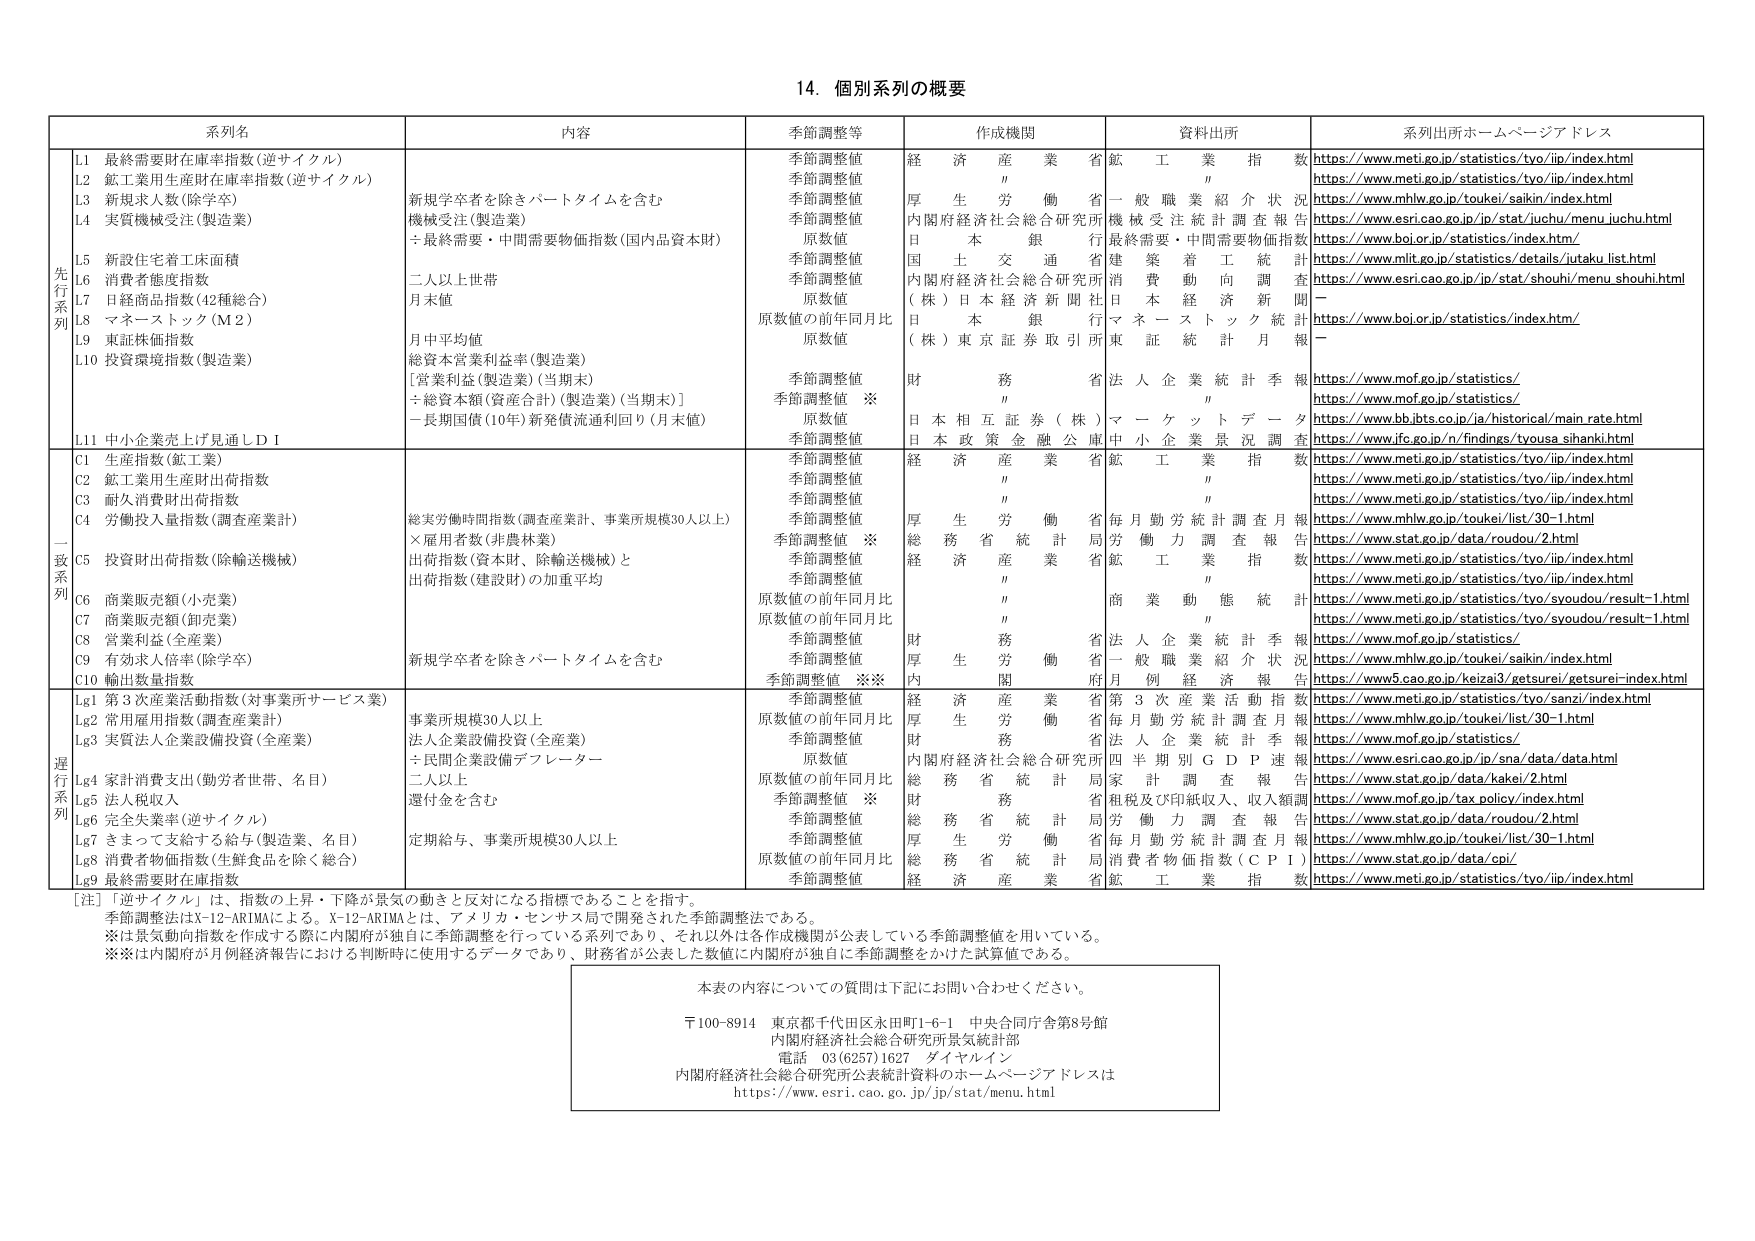
14. 個別系列の概要

系列名